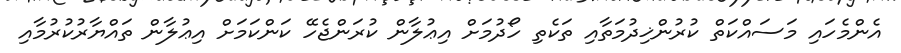
އެންމެހައި މަސައްކަތް ކުރުންޚިދުމަތާއި ތަކެތި ހޯދުމަށް އިޢުލާން ކުރަންޖެހޭ ކަންކަމަށް އިޢުލާން ތައްޔާރުކުރުމާއި